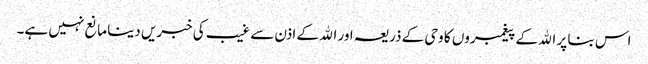
اس بنا پر الله کے پیغمبروں کا وحی کے ذریعہ اور الله کے اذن سے غیب کی خبریں دینا مانع نہیں ہے۔